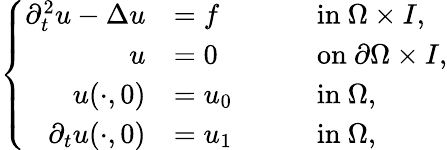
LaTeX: \left\{ \begin{array}{rlrl}{\partial_{t}^{2}u-\Delta u}&{=f\quad}&&{\mathrm{in}~\Omega\times I,}\\ {u}&{=0\quad}&&{\mathrm{on}~\partial\Omega\times I,}\\ {u(\cdot,0)}&{=u_{0}\quad}&&{\mathrm{in}~\Omega,}\\ {\partial_{t}u(\cdot,0)}&{=u_{1}\quad}&&{\mathrm{in}~\Omega,}\end{array}\right.